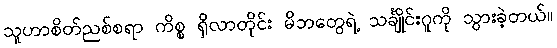
သူဟာစိတ်ညစ်စရာ ကိစ္စ ရှိလာတိုင်း မိဘတွေရဲ့ သင်္ချိုင်းဂူကို သွားခဲ့တယ်။